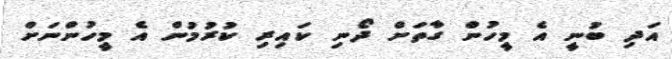
އަދި ބުނީ އެ މީހުން ގާތަށް ދޯނި ކައިރި ކުރުމުން އެ މީހުންނަށް